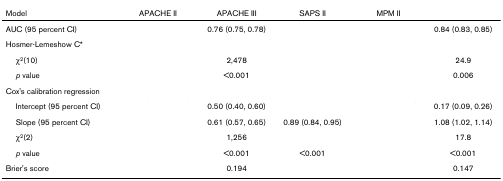
<table><thead><tr><td><b>Model</b></td><td><b>APACHE II</b></td><td><b>APACHE III</b></td><td><b>SAPS II</b></td><td><b>MPM II</b></td><td>[EMPTY_CELL]</td></tr></thead><tbody><tr><td>AUC (95 percent CI)</td><td>[EMPTY_CELL]</td><td>0.76 (0.75, 0.78)</td><td>[EMPTY_CELL]</td><td>[EMPTY_CELL]</td><td>0.84 (0.83, 0.85)</td></tr><tr><td>Hosmer-Lemeshow C*</td><td>[EMPTY_CELL]</td><td>[EMPTY_CELL]</td><td>[EMPTY_CELL]</td><td>[EMPTY_CELL]</td><td>[EMPTY_CELL]</td></tr><tr><td> χ<sup>2</sup>(10)</td><td>[EMPTY_CELL]</td><td>2,478</td><td>[EMPTY_CELL]</td><td>[EMPTY_CELL]</td><td>24.9</td></tr><tr><td> <i>p</i> value</td><td>[EMPTY_CELL]</td><td>&lt;0.001</td><td>[EMPTY_CELL]</td><td>[EMPTY_CELL]</td><td>0.006</td></tr><tr><td>Cox's calibration regression</td><td>[EMPTY_CELL]</td><td>[EMPTY_CELL]</td><td>[EMPTY_CELL]</td><td>[EMPTY_CELL]</td><td>[EMPTY_CELL]</td></tr><tr><td> Intercept (95 percent CI)</td><td>[EMPTY_CELL]</td><td>0.50 (0.40, 0.60)</td><td>[EMPTY_CELL]</td><td>[EMPTY_CELL]</td><td>0.17 (0.09, 0.26)</td></tr><tr><td> Slope (95 percent CI)</td><td>[EMPTY_CELL]</td><td>0.61 (0.57, 0.65)</td><td>0.89 (0.84, 0.95)</td><td>[EMPTY_CELL]</td><td>1.08 (1.02, 1.14)</td></tr><tr><td> χ<sup>2</sup>(2)</td><td>[EMPTY_CELL]</td><td>1,256</td><td>[EMPTY_CELL]</td><td>[EMPTY_CELL]</td><td>17.8</td></tr><tr><td> <i>p</i> value</td><td>[EMPTY_CELL]</td><td>&lt;0.001</td><td>&lt;0.001</td><td>[EMPTY_CELL]</td><td>&lt;0.001</td></tr><tr><td>Brier's score</td><td>[EMPTY_CELL]</td><td>0.194</td><td>[EMPTY_CELL]</td><td>[EMPTY_CELL]</td><td>0.147</td></tr></tbody></table>